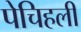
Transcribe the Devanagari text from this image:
पेचिहली